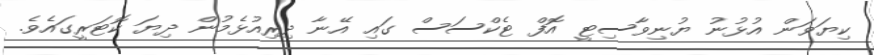
ކިޔަވަން އުޅުނު ޔުނިވާސިޓީ އޮފް ޓެކްސަސް ގައި އޭނާ ދިރިއުޅެމުން ދިޔަ ކޮޓަރީގައެވެ.